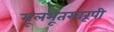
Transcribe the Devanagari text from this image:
मूलभूतस्वरूपी